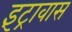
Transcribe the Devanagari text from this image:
इंट्रावास